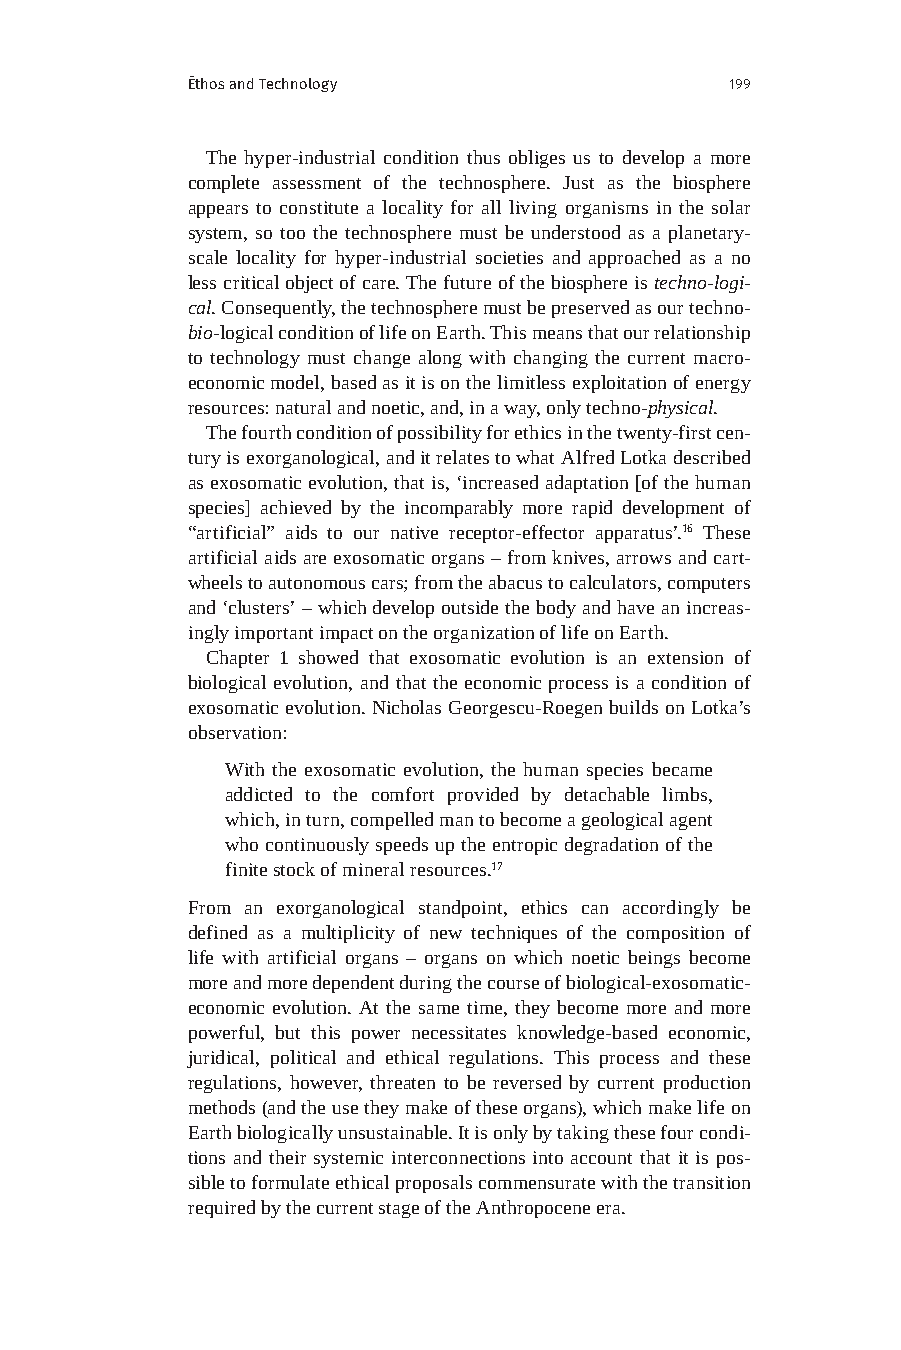
Ēthos and Technology                199
 The hyper-industrial condition thus obliges us to develop a more
 complete assessment of the technosphere. Just as the biosphere
 appears to constitute a locality for all living organisms in the solar
 system, so too the technosphere must be understood as a planetary-
 scale locality for hyper-industrial societies and approached as a no
 less critical object of care. The future of the biosphere is techno-logi-
 cal. Consequently, the technosphere must be preserved as our techno-
 bio-logical condition of life on Earth. This means that our relationship
 to technology must change along with changing the current macro-
 economic model, based as it is on the limitless exploitation of energy
 resources: natural and noetic, and, in a way, only techno-physical.
 The fourth condition of possibility for ethics in the twenty-first cen-
 tury is exorganological, and it relates to what Alfred Lotka described
 as exosomatic evolution, that is, ‘increased adaptation [of the human
 species] achieved by the incomparably more rapid development of
 “artificial” aids to our native receptor-effector apparatus’.16 These
 artificial aids are exosomatic organs – from knives, arrows and cart-
 wheels to autonomous cars; from the abacus to calculators, computers
 and ‘clusters’ – which develop outside the body and have an increas-
 ingly important impact on the organization of life on Earth.
 Chapter 1 showed that exosomatic evolution is an extension of
 biological evolution, and that the economic process is a condition of
 exosomatic evolution. Nicholas Georgescu-Roegen builds on Lotka’s
 observation:
 With the exosomatic evolution, the human species became
 addicted to the comfort provided by detachable limbs,
 which, in turn, compelled man to become a geological agent
 who continuously speeds up the entropic degradation of the
 finite stock of mineral resources.17
 From an exorganological standpoint, ethics can accordingly be
 defined as a multiplicity of new techniques of the composition of
 life with artificial organs – organs on which noetic beings become
 more and more dependent during the course of biological-exosomatic-
 economic evolution. At the same time, they become more and more
 powerful, but this power necessitates knowledge-based economic,
 juridical, political and ethical regulations. This process and these
 regulations, however, threaten to be reversed by current production
 methods (and the use they make of these organs), which make life on
 Earth biologically unsustainable. It is only by taking these four condi-
 tions and their systemic interconnections into account that it is pos-
 sible to formulate ethical proposals commensurate with the transition
 required by the current stage of the Anthropocene era.